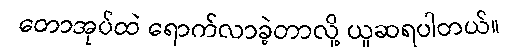
တောအုပ်ထဲ ရောက်လာခဲ့တာလို့ ယူဆရပါတယ်။